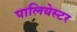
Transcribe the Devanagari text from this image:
पालियेस्टर